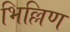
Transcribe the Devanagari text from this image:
भिल्लिण